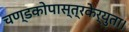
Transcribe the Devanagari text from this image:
चण्डकोपास्त्रकेर्युता।